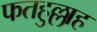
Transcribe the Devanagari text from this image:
फतहुल्लाह